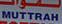
muttrah